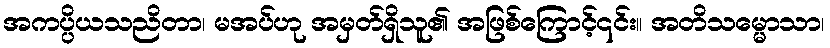
အကပ္ပိယသညိတာ၊ မအပ်ဟု အမှတ်ရှိသူ၏ အဖြစ်ကြောင့်၎င်း။ အတိသမ္မောသာ၊